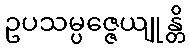
ဥပသမ္ပဇ္ဇေယျုန္တိ